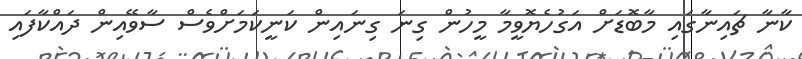
ކާނާ ޗައިނާގައި މާބޮޑަށް އަގުހެޔޮވީމާ މީހުން ގިނަ ގިނައިން ކަނީކަމަށްވެސް ސާވޭއިން ދައްކާފައި